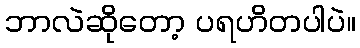
ဘာလဲဆိုတော့ ပရဟိတပါပဲ။